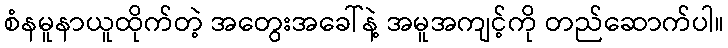
စံနမူနာယူထိုက်တဲ့ အတွေးအခေါ်နဲ့ အမူအကျင့်ကို တည်ဆောက်ပါ။